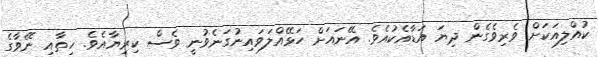
ކުއްލިއަކަށް ވެރިވެގެން ދިޔަ އަޑާއެކުއެވެ. އޭނައަށް ހަޅޭއްލަވައިނުގަނެވުނީ ވެސް ކިރިޔާއެވެ. ހިތާއި ނޭވާގެ